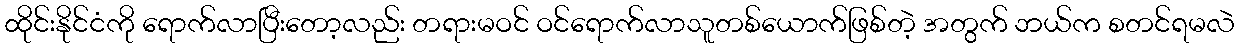
ထိုင်းနိုင်ငံကို ရောက်လာပြီးတော့လည်း တရားမဝင် ဝင်ရောက်လာသူတစ်ယောက်ဖြစ်တဲ့ အတွက် ဘယ်က စတင်ရမလဲ